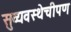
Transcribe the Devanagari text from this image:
सुव्यवस्थेचीपण